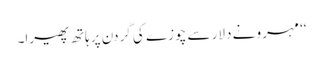
‘‘ مہرو نے دلار سے چوزے کی گردن پر ہاتھ پھیرا۔